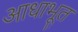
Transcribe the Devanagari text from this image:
आधाभूत